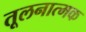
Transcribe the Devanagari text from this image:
तूलनात्मक